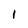
Character: l